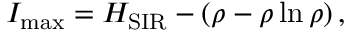
I _ { \operatorname* { m a x } } = H _ { \mathrm { S I R } } - \left( \rho - \rho \ln \rho \right) ,